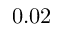
0 . 0 2